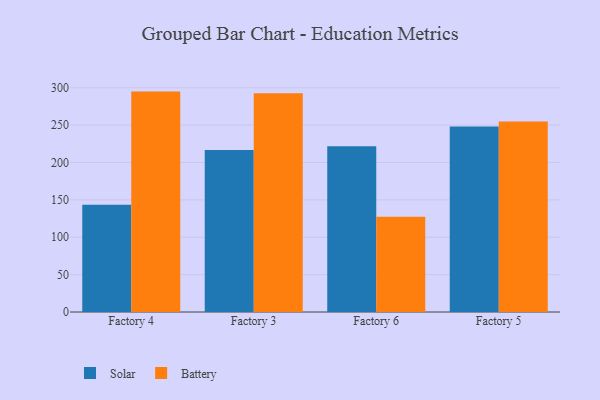
{"axis": {"x": "Factory", "y": "Energy Usage (MWh)"}, "legend": ["Battery", "Solar"], "data": [{"x": "Factory 4", "y": 143.4, "type": "Solar"}, {"x": "Factory 4", "y": 294.8, "type": "Battery"}, {"x": "Factory 3", "y": 216.7, "type": "Solar"}, {"x": "Factory 3", "y": 292.7, "type": "Battery"}, {"x": "Factory 6", "y": 221.7, "type": "Solar"}, {"x": "Factory 6", "y": 127.3, "type": "Battery"}, {"x": "Factory 5", "y": 248.0, "type": "Solar"}, {"x": "Factory 5", "y": 254.9, "type": "Battery"}]}